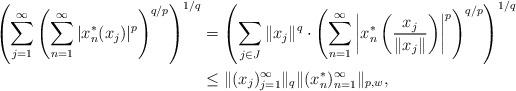
LaTeX: \begin{align*}\left(\sum_{j=1}^\infty \left(\sum_{n=1}^\infty |x_{n}^*(x_{j})|^{p}\right)^{{q}/{p}}\right)^{1/{q}} & = \left(\sum_{j \in J}\|x_j\|^{q} \cdot \left( \sum_{n=1}^\infty \left|x_n^*\left(\frac{x_j}{\|x_j\|}\right)\right|^{p}\right)^{q/p}\right)^{1/q} \\& \leq \| (x_{j})_{j=1}^\infty\| _{q} \| (x_{n}^*)_{n=1}^\infty\|_{p,w},\end{align*}